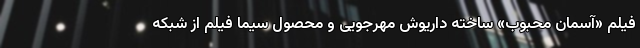
فیلم «آسمان محبوب» ساخته داریوش مهرجویی و محصول سیما فیلم از شبکه